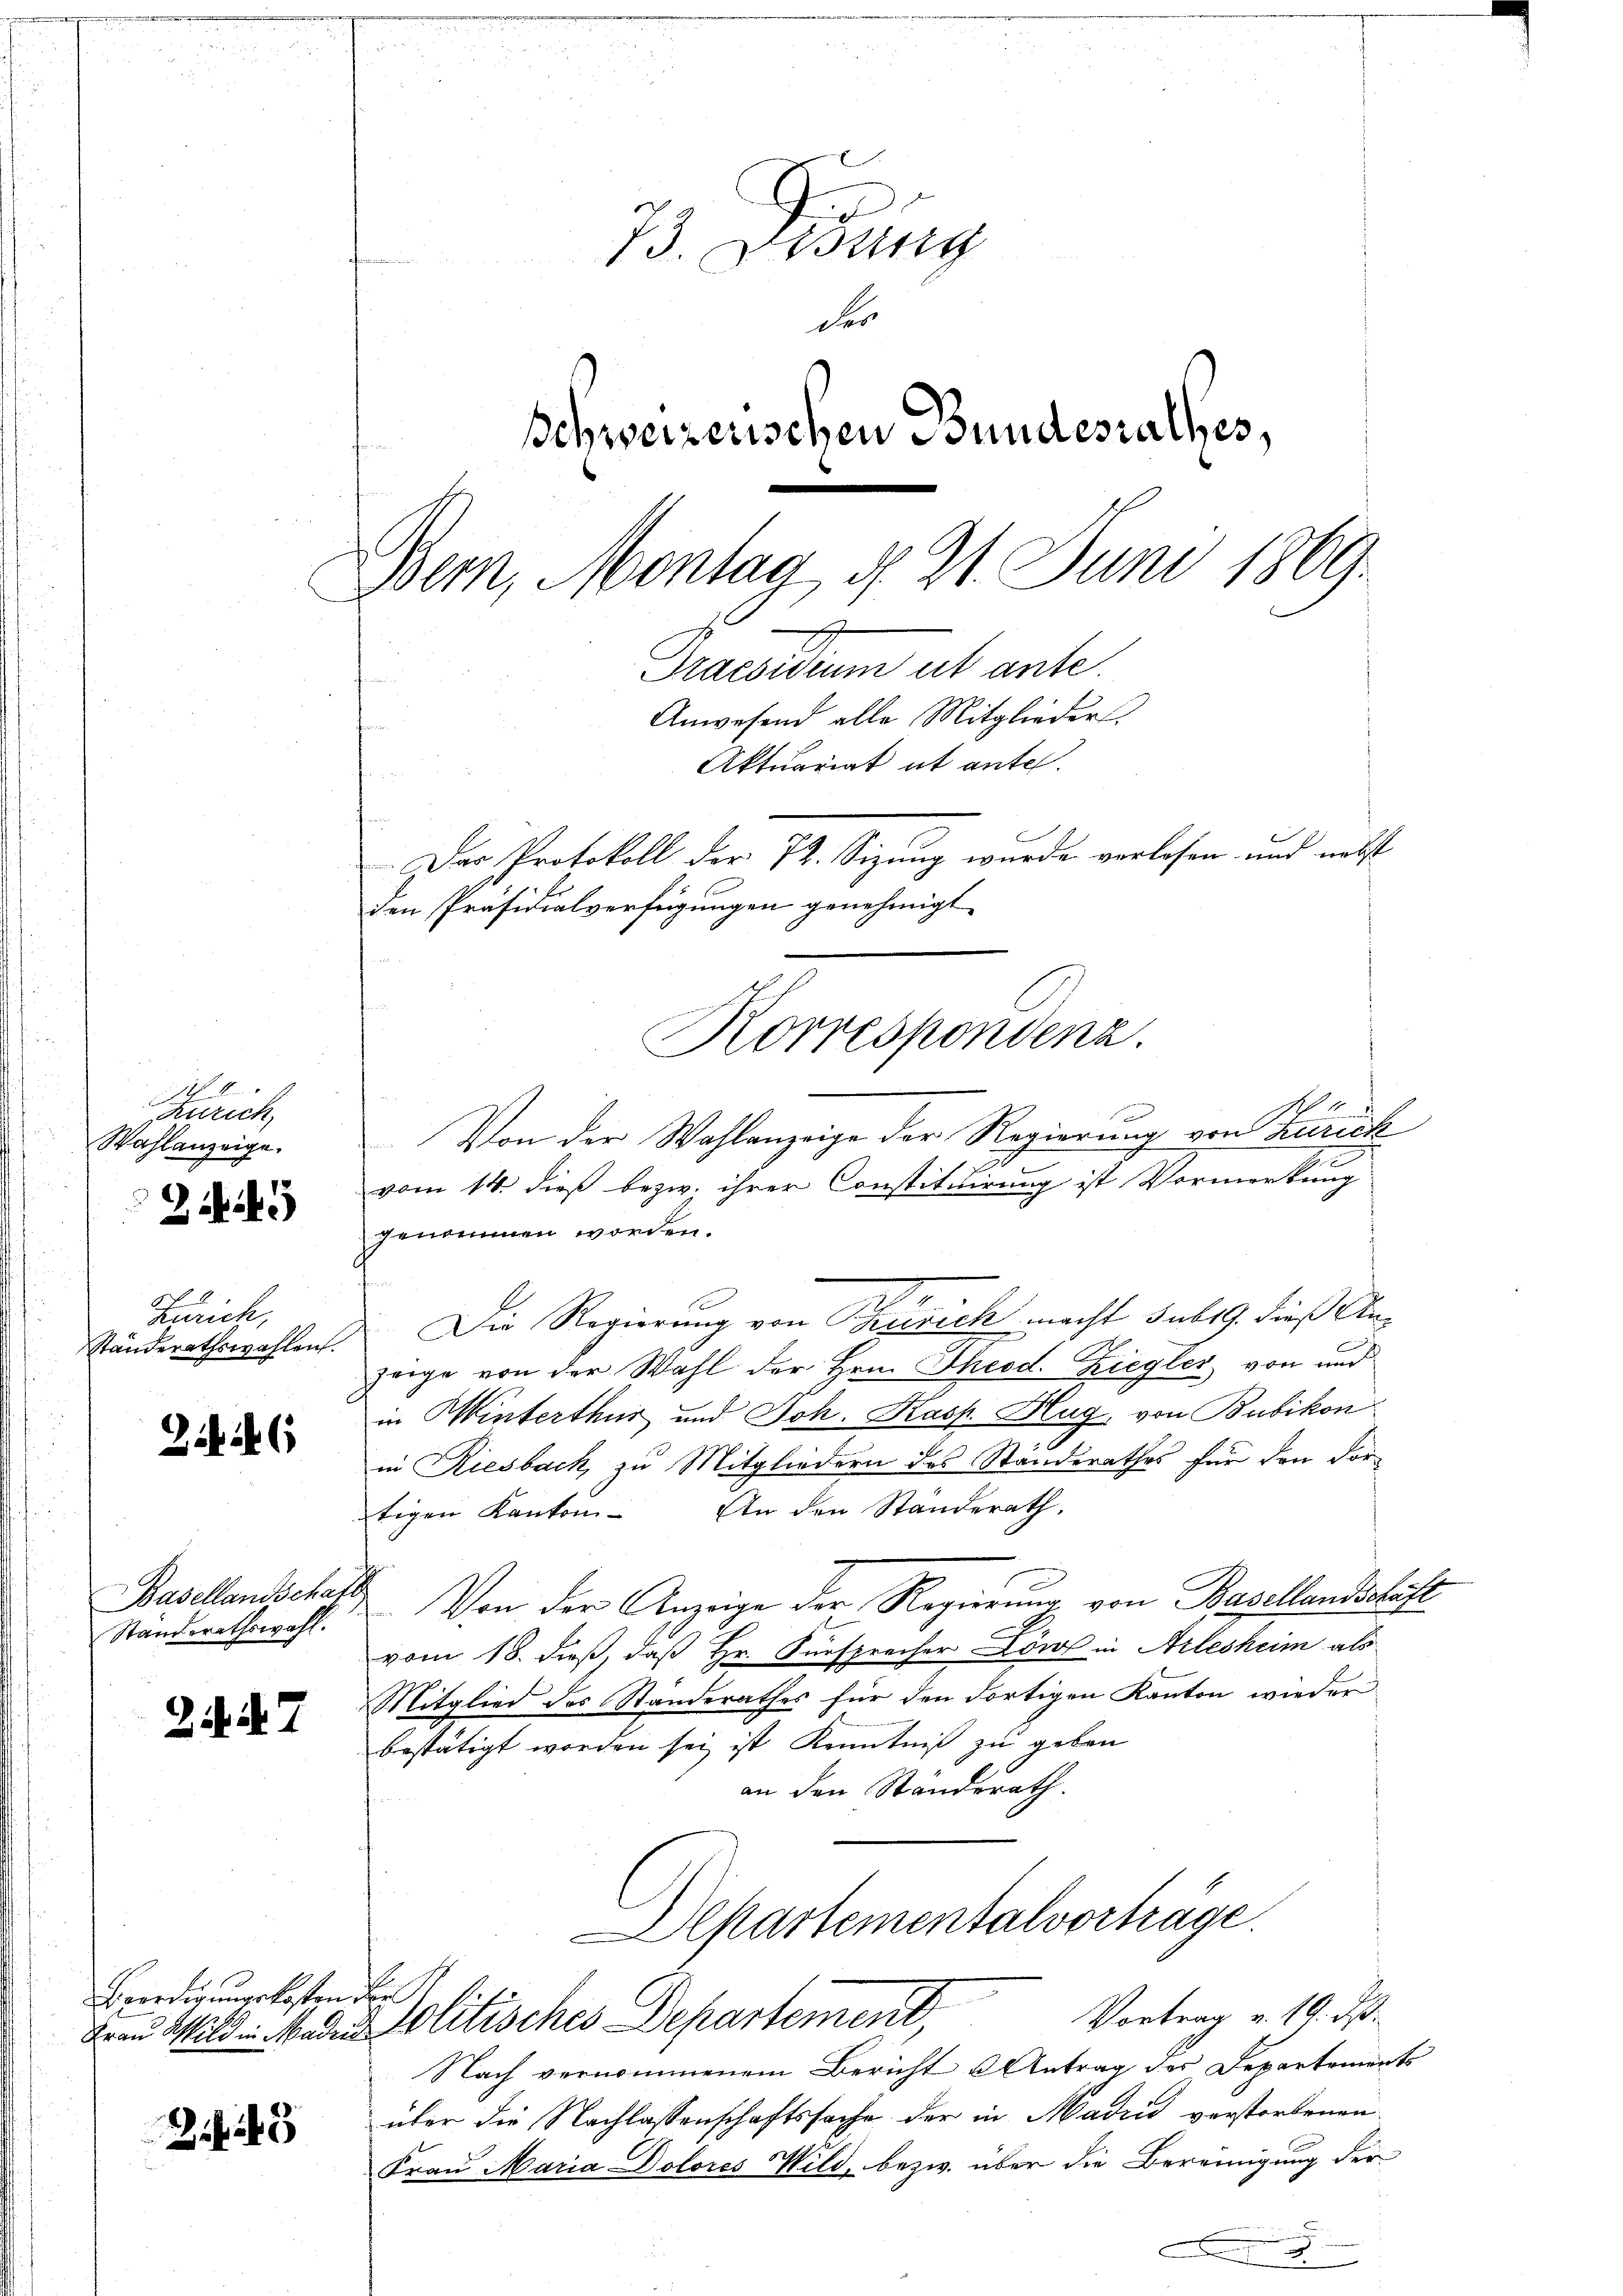
Anrich
Wahlanzeige.
2

Zürich,
Ständerathswahlen.

Basellandschaft
Standerathswahl.

214. d. 7

Beerdigungskosten der

45

d
73. Desg
der
Schweizerischen Bundesrathes,
Bern, Montag, d. 21. Juni 1869.
s
Praesidium ist ante.
Anwesend alle Mitglieder.
Aktuariat ab ante.
Das Protokoll der 72. Sizung wurde verlesen und nebst
den Präsidialverfügungen genehmigt.

Von der Wahlanzeige der Regierung von Zürich
d
vom 14. dieß bezw. ihrer Constituirung ist Vormerkung
genommen worden.
Die Regierung von Besich macht sub 19. dieß Anzorge von der Wahl der Hrn. Theod. Ziegler von und
in Winterthur und Joh. Kasp. Hug, von Bubikon
in Riesbach, zu Mitgliedern des Standerathes für den Fortigen Kanton - An den Standerath.
Von der Anzeige der Regierung von Basellandschaft
vom 18. dieß, daß Hr. Fürsprecher Löw in Arlesheim als
Mitglied des Standerathes für den dortigen Kanton wieder
bestätigt worden sei ist Kenntniß zu geben
an den Ständerath
Departementalvorträge.

Korrespondenz.

Vortrag v. 10. ds.
Frau Wild in Mader Molitisches Departement

Nach vernommenem Bericht Antrag des Departements
über die Nachlassenschaftssache der in Madrid verstorbenen
Frau Maria Dolores Wild, bezw. über die Bereinigung der